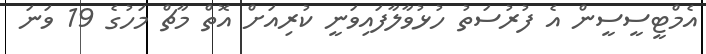
އެމްޓީސީސީން އެ ފުރުސަތު ހުޅުވާލާފައިވަނީ ކުރިއަށް އޮތް މާޗް މަހުގެ 19 ވަނަ